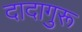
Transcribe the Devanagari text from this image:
दादागुरू